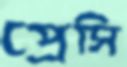
প্রেসি